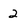
Character: 2